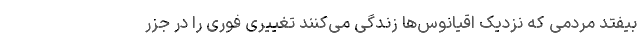
بیفتد مردمی که نزدیک اقیانوس‌ها زندگی می‌کنند تغییری فوری را در جزر